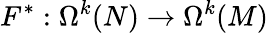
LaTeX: F^{*}:\Omega^{k}(N)\to\Omega^{k}(M)